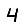
Digit: 4